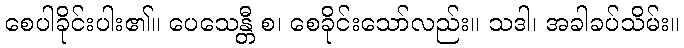
စေပါခိုင်းပါး၏။ ပေသေန္တီ စ၊ စေခိုင်းသော်လည်း။ သဒါ၊ အခါခပ်သိမ်း။